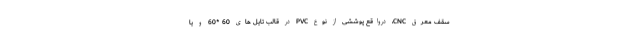
سقف معرق CNC، درواقع پوششی از نوع PVC در قالب تایل های 60 *60 و یا